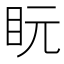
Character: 盶